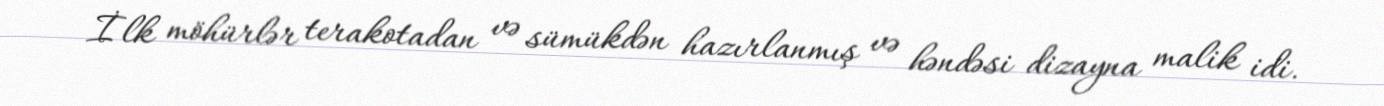
İlk möhürlər terakotadan və sümükdən hazırlanmış və həndəsi dizayna malik idi.